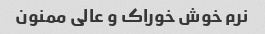
نرم خوش خوراک و عالی ممنون